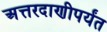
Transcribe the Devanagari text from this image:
अत्तरदाणीपर्यंत